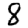
Digit: 8